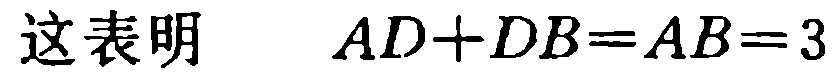
这表明 \(AD + DB = AB = 3\)